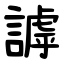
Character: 謼